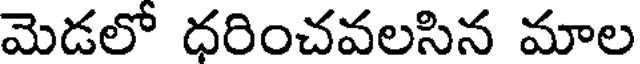
మెడలో ధరించవలసిన మాల